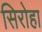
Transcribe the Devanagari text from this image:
सिरोहा